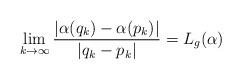
LaTeX: \begin{align*}\lim_{k \to \infty} \frac{| \alpha(q_k)-\alpha(p_k)|}{|q_k-p_k|} = L_g(\alpha)\end{align*}